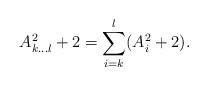
LaTeX: \begin{align*}A_{k\ldots l}^2+2=\sum_{i=k}^l(A_i^2+2).\end{align*}